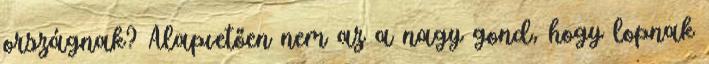
országnak? Alapvetően nem az a nagy gond, hogy lopnak